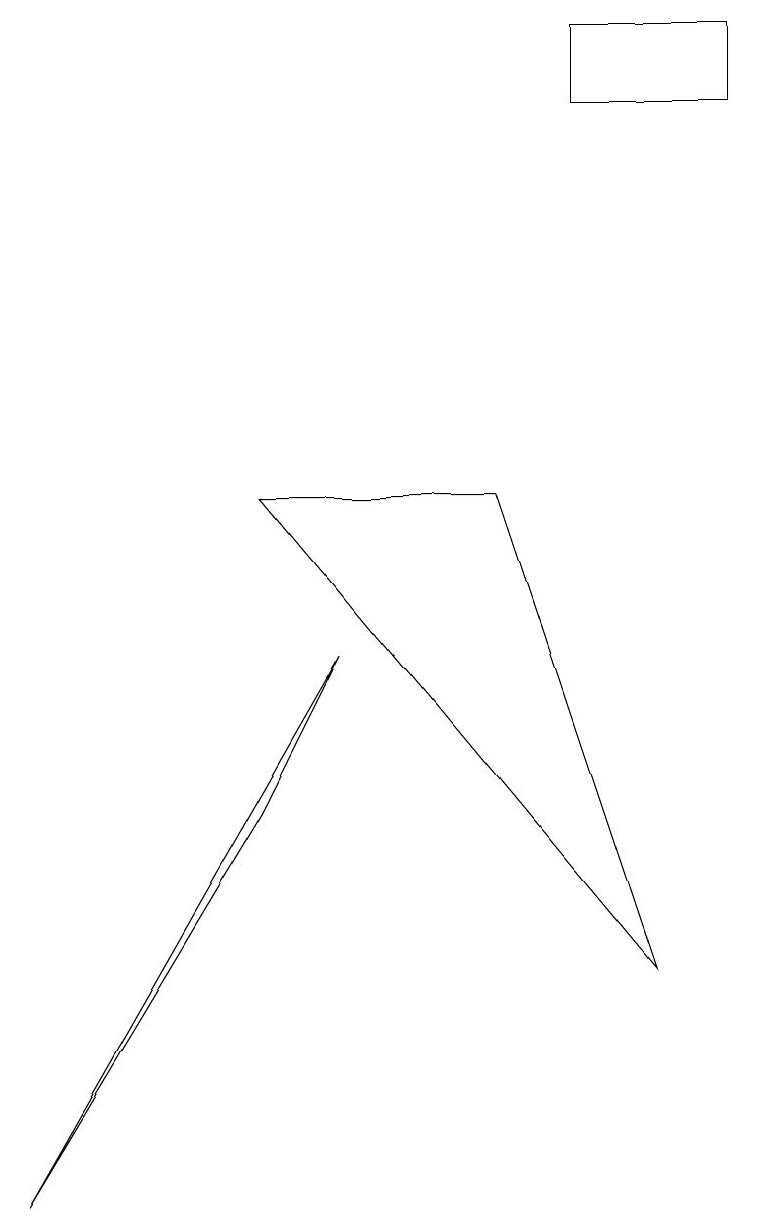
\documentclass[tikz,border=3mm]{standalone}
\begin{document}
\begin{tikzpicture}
\draw (8,3) -- (3,9) -- (6,9) -- cycle;
\draw (7,14) rectangle (9,15);
\draw (4,7) -- (3,5) -- (0,0) -- cycle;
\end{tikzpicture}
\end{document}